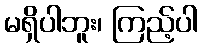
မရှိပါဘူး၊ ကြည့်ပါ